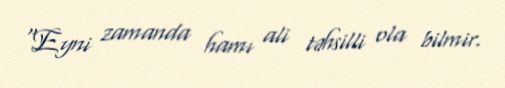
“Eyni zamanda hamı ali təhsilli ola bilmir.